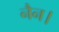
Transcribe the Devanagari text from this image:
नैन।